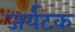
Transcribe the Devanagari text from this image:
जर्यटक